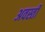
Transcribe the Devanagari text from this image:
अवस्ती